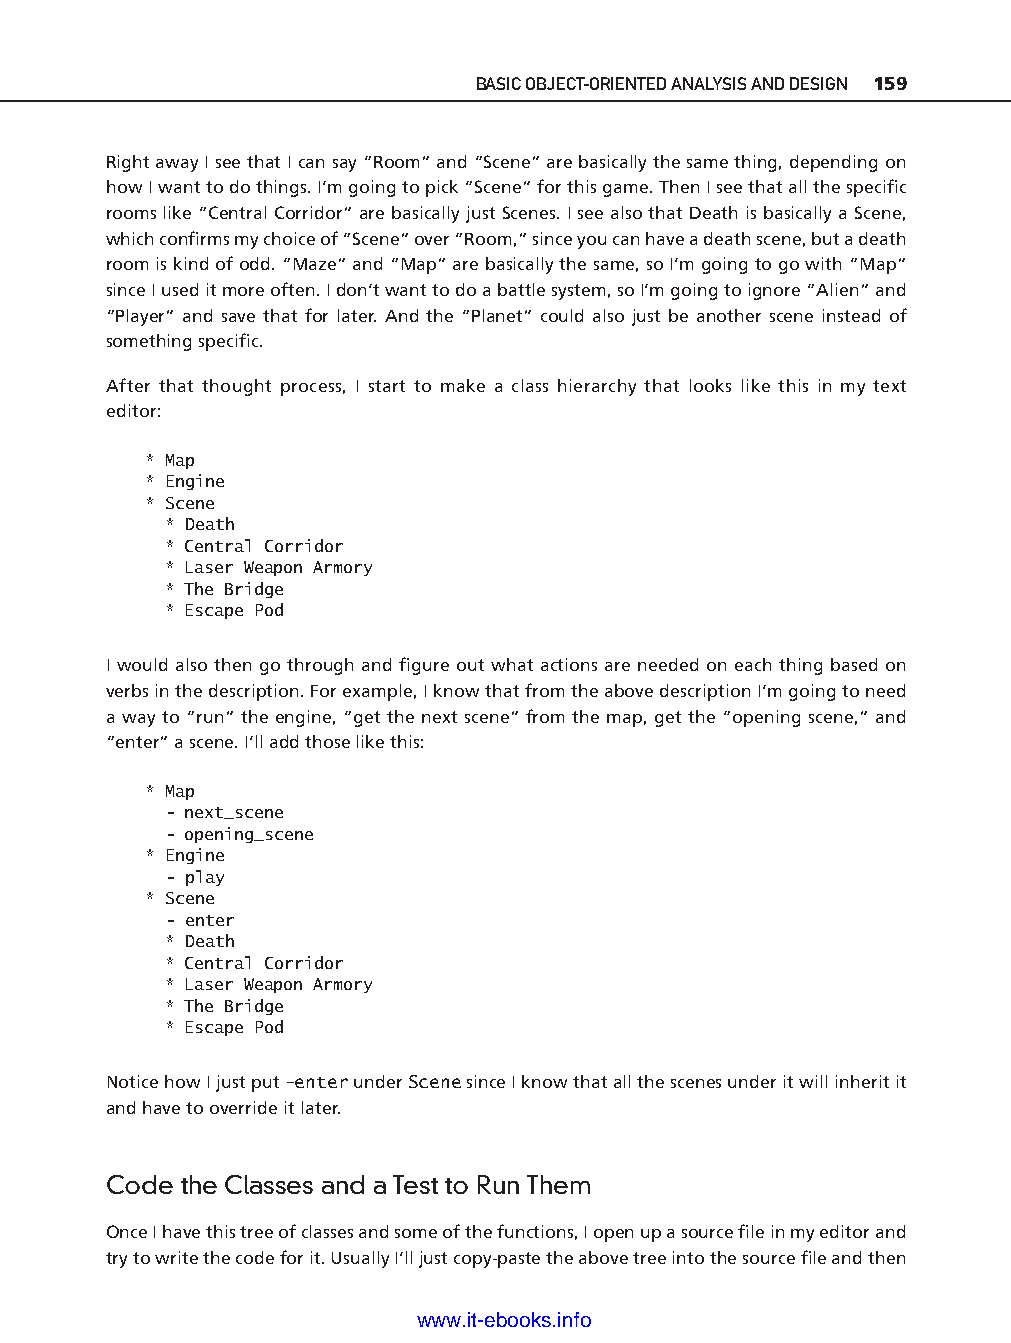
BASIC OBJECT- ORIENTED ANALYSIS AND DESIGN 159
 Right away I see that I can say “Room” and “Scene” are basically the same thing, depending on
 how I want to do things. I’m going to pick “Scene” for this game. Then I see that all the specifi c
 rooms like “Central Corridor” are basically just Scenes. I see also that Death is basically a Scene,
 which confi rms my choice of “Scene” over “Room,” since you can have a death scene, but a death
 room is kind of odd. “Maze” and “Map” are basically the same, so I’m going to go with “Map”
 since I used it more often. I don’t want to do a battle system, so I’m going to ignore “Alien” and
 “Player” and save that for later. And the “Planet” could also just be another scene instead of
 something specifi c.
 After that thought process, I start to make a class hierarchy that looks like this in my text
 editor:
 * Map
 * Engine
 * Scene
 * Death
 * Central Corridor
 * Laser Weapon Armory
 * The Bridge
 * Escape Pod
 I would also then go through and fi gure out what actions are needed on each thing based on
 ptg11539604
 verbs in the description. For example, I know that from the above description I’m going to need
 a way to “run” the engine, “get the next scene” from the map, get the “opening scene,” and
 “enter” a scene. I’ll add those like this:
 * Map
 - next_scene
 - opening_scene
 * Engine
 - play
 * Scene
 - enter
 * Death
 * Central Corridor
 * Laser Weapon Armory
 * The Bridge
 * Escape Pod
 Notice how I just put -e nter under Scene since I know that all the scenes under it will inherit it
 and have to override it later.
 Code the Classes and a Test to Run Them
 Once I have this tree of classes and some of the functions, I open up a source fi le in my editor and
 try to write the code for it. Usually I’ll just copy-p aste the above tree into the source fi le and then
 www.it-ebooks.info